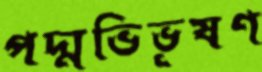
পদ্মভিভূষণ